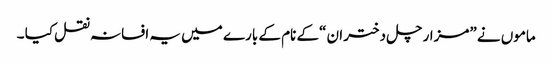
ماموں نے ”مزار چل دختر ان “کے نام کے بارے میں یہ افسانہ نقل کیا ۔